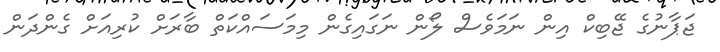
ޖަޕާނުގެ ޖޭބިކް އިން ނަމަވެސް ލޯން ނަގައިގެން މިމަސައްކަތް ބާރަށް ކުރިއަށް ގެންދަން